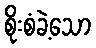
စိုးစံခဲ့သော